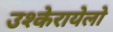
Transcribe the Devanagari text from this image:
उश्केरायेलो